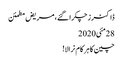
ڈاکٹرز چکرا گئے، مریض مطمئن
28مئی2020
چین کا ہر کام نرالا!